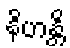
နိဟန္တိ